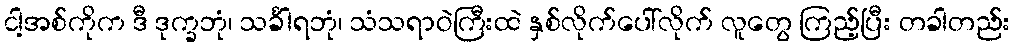
ငါ့အစ်ကိုက ဒီ ဒုက္ခဘုံ၊ သင်္ခါရဘုံ၊ သံသရာဝဲကြီးထဲ နှစ်လိုက်ပေါ်လိုက် လူတွေ ကြည့်ပြီး တခါတည်း